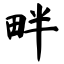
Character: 畔